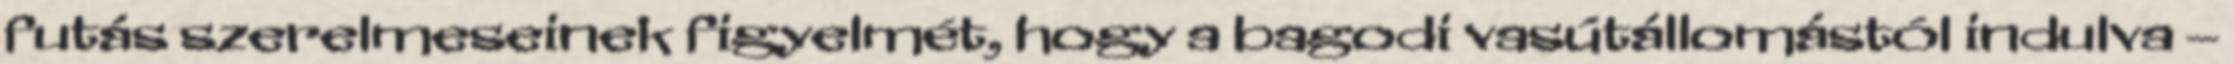
futás szerelmeseinek figyelmét, hogy a bagodi vasútállomástól indulva –